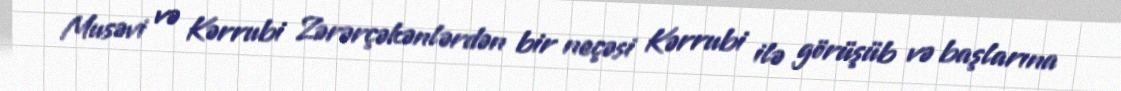
Musəvi və Kərrubi Zərərçəkənlərdən bir neçəsi Kərrubi ilə görüşüb və başlarına